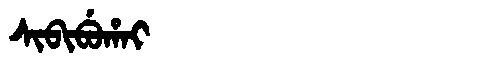
Manchu: ᠰᡳᠪᡳᠪᡠᡥᠠᡳ
Romanization: SIBIBUHAI